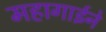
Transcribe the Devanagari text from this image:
महागाईने